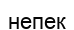
непек